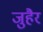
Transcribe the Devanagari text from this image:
जुहैर